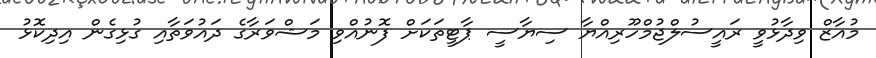
މުއާޒް ވިދާޅުވީ ރައީސުލްޖުމްހޫރިއްޔާ ސިޔާސީ ޕާޓީތަކަށް ފޮނުއްވި މަޝްވަރާގެ ދައުވަތާއި ގުޅިގެން އިދިކޮޅު